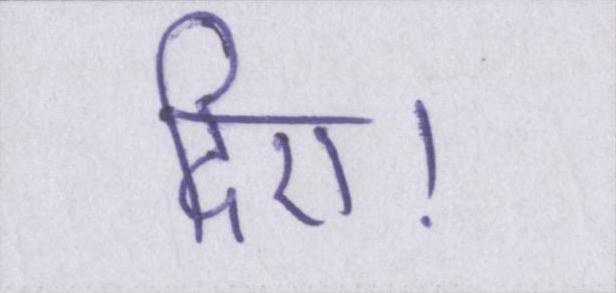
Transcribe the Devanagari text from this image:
दिए।